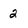
Character: 2